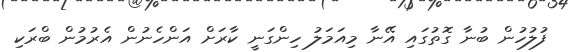
ފުލުހުން ބުނާ ގޮތުގައި އޭނާ މިއަމަލު ހިންގަނީ ކާރަށް އަންހެނުން އެރުމުން ބްރަކި